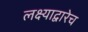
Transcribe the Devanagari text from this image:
लक्ष्याद्वारेच